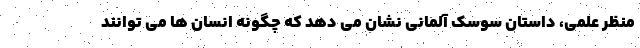
منظر علمی، داستان سوسک آلمانی نشان می دهد که چگونه انسان ها می توانند